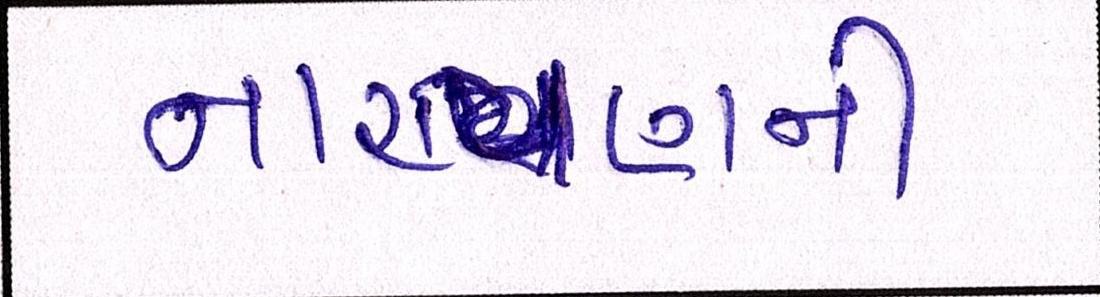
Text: નારાયણની